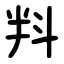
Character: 㪵